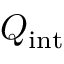
Q _ { \mathrm { i n t } }